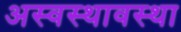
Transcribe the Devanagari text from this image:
अस्वस्थावस्था